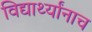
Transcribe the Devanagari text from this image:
विद्यार्थ्यांनाच